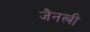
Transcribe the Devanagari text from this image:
जैनस्त्री